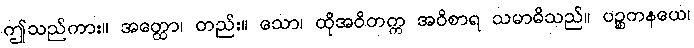
ဤသည်ကား။ အတ္ထော၊ တည်း။ သော၊ ထိုအဝိတက္က အဝိစာရ သမာဓိသည်။ ပဉ္စကနယေ၊